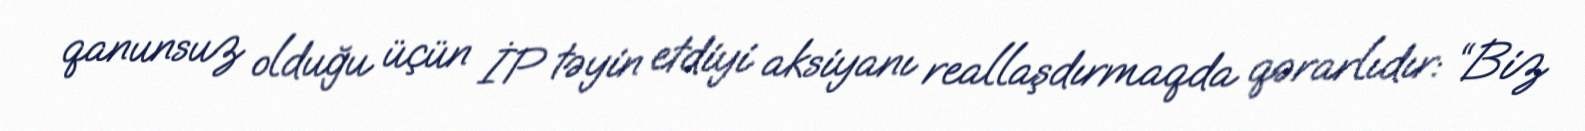
qanunsuz olduğu üçün İP təyin etdiyi aksiyanı reallaşdırmaqda qərarlıdır: “Biz